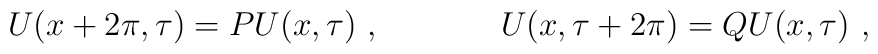
U(x+2 \pi,\tau)= P  U(x,\tau)~,~~~~~~~~~~~U(x,\tau+2 \pi)= Q  U(x,\tau)~,